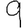
Digit: 9